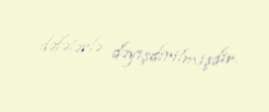
dəfələrlə dəyişdirilmişdir.